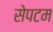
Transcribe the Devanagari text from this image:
सेपटम